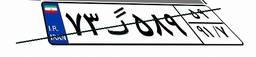
۵۵گ۳۸۴۸۶